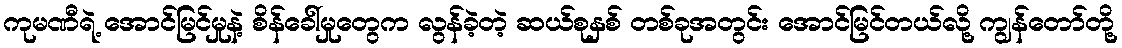
ကုမဏီရဲ့ အောင်မြင်မှုနဲ့ စိန်ခေါ်မှုတွေက လွန်ခဲ့တဲ့ ဆယ်စုနှစ် တစ်ခုအတွင်း အောင်မြင်တယ်လို့ ကျွန်တော်တို့